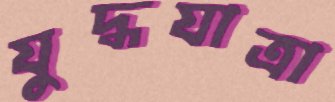
যুদ্ধযাত্রা